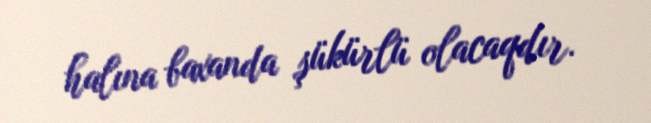
halına baxanda şükürlü olacaqdır.